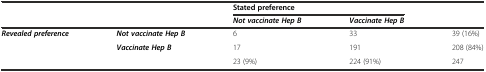
<table><thead><tr><td rowspan="2"></td><td rowspan="2"></td><td colspan="2"><b>Stated preference</b></td><td rowspan="2"></td></tr><tr><td><b><i>Not vaccinate Hep B</i></b></td><td><b><i>Vaccinate Hep B</i></b></td></tr></thead><tbody><tr><td rowspan="2"><b><i>Revealed preference</i></b></td><td><b><i>Not vaccinate Hep B</i></b></td><td>6</td><td>33</td><td>39 (16%)</td></tr><tr><td><b><i>Vaccinate Hep B</i></b></td><td>17</td><td>191</td><td>208 (84%)</td></tr><tr><td></td><td></td><td>23 (9%)</td><td>224 (91%)</td><td>247</td></tr></tbody></table>